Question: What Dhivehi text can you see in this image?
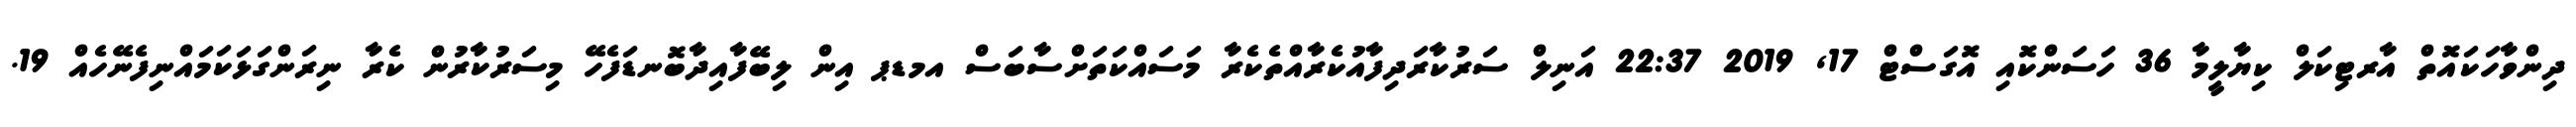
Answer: ދިންވާހަކައޮތް އާރޓިކަލް ކިޔާލީމާ 36 ހަސަންކޮއި އޮގަސްޓް 17, 2019 22:37 އަނިލް ސަރުކާރަދިފާއުކެރާއްތެކެރާ މަސައްކަތަށްސާބަސް އމޑޕ އިން ލިބޭފާއިދާބޮނޑަފެހޭ މިސަރުކާރުން ކެރާ ނިރަންގަޅަކަމައްނިފެނޭހެއް 19.